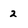
Character: 2